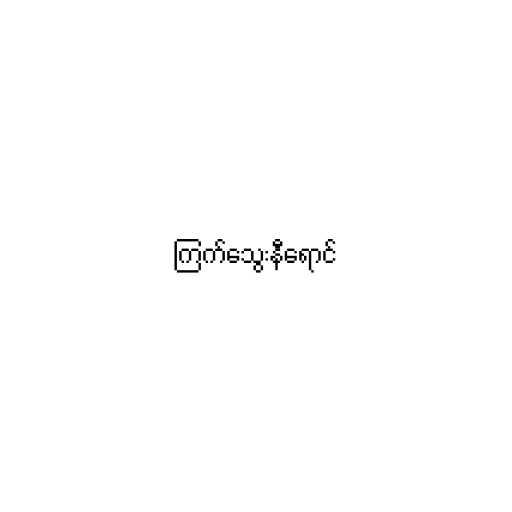
ကြက်သွေးနီရောင်